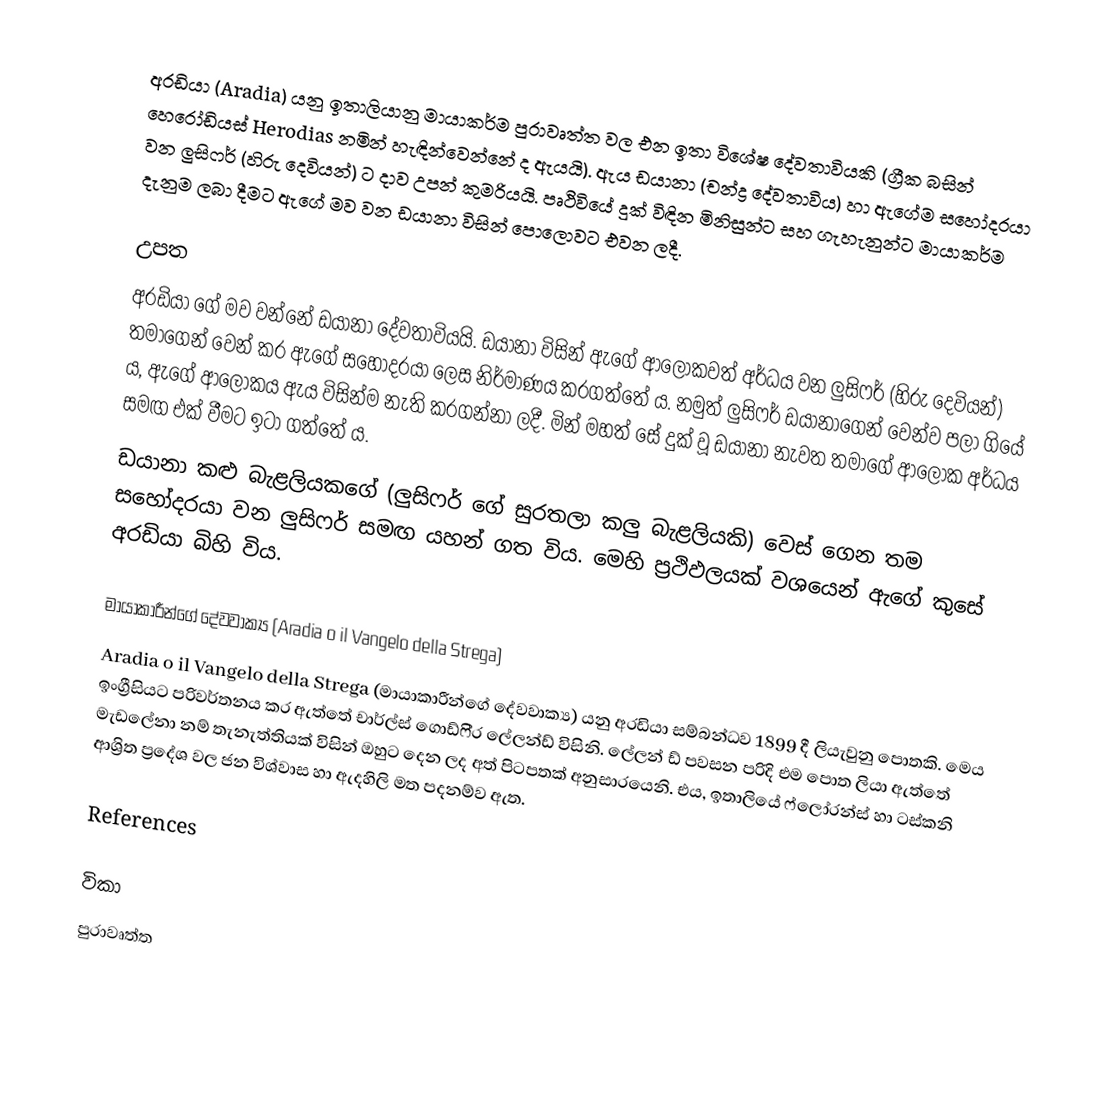
අරඩියා (Aradia) යනු ඉතාලියානු මායාකර්ම පුරාවෘත්ත වල එන ඉතා විශේෂ දේවතාවියකි (ග්‍රීක බසින් හෙරෝඩියස් Herodias නමින් හැඳින්වෙන්නේ ද ඇයයි). ඇය ඩයානා (චන්ද්‍ර දේවතාවිය) හා ඇගේම සහෝදරයා වන ලුසිෆර් (හිරු දෙවියන්) ට දාව උපන් කුමරියයි. පෘථිවියේ දුක් විඳින මිනිසුන්ට සහ ගැහැනුන්ට මායාකර්ම දැනුම ලබා දීමට ඇගේ මව වන ඩයානා විසින් පොලොවට එවන ලදී.

උපත
අරඩියා ගේ මව වන්නේ ඩයානා දේවතාවියයි. ඩයානා විසින් ඇගේ ආලෝකවත් අර්ධය වන ලුසිෆර් (හිරු දෙවියන්) තමාගෙන් වෙන් කර ඇගේ සහෝදරයා ලෙස නිර්මාණය කරගත්තේ ය. නමුත් ලුසිෆර් ඩයානාගෙන් වෙන්ව පලා ගියේ ය, ඇගේ ආලෝකය ඇය විසින්ම නැති කරගන්නා ලදී. මින් මහත් සේ දුක් වූ ඩයානා නැවත තමාගේ ආලෝක අර්ධය සමඟ එක් වීමට ඉටා ගත්තේ ය.
ඩයානා කළු බැළලියකගේ (ලුසිෆර් ගේ සුරතලා කලු බැළලියකි) වෙස් ගෙන තම සහෝදරයා වන ලුසිෆර් සමඟ යහන් ගත විය. මෙහි ප්‍රථිඵලයක් වශයෙන් ඇගේ කුසේ අරඩියා බිහි විය.

මායාකාරීන්ගේ දේවවාක්‍ය (Aradia o il Vangelo della Strega)
Aradia o il Vangelo della Strega (මායාකාරීන්ගේ දේවවාක්‍ය) යනු අරඩියා සම්බන්ධව 1899 දී ලියැවුනු පොතකි. මෙය ඉංග්‍රීසියට පරිවර්තනය කර ඇත්තේ චාර්ල්ස් ගොඩ්ෆි‍්‍ර ලේලන්ඩ් විසිනි. ලේලන් ඩ් පවසන පරිදි එම පොත ලියා ඇත්තේ මැඩලේනා නම් තැනැත්තියක් විසින් ඔහුට දෙන ලද අත් පිටපතක් අනුසාරයෙනි. එය, ඉතාලියේ ෆ්ලෝරන්ස් හා ටස්කනි ආශ්‍රිත ප්‍රදේශ වල ජන විශ්වාස හා ඇදහිලි මත පදනම්ව ඇත.

References

විකා
පුරාවෘත්ත